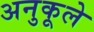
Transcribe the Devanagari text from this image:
अनुकूले